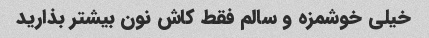
خیلی خوشمزه و سالم فقط کاش نون بیشتر بذارید